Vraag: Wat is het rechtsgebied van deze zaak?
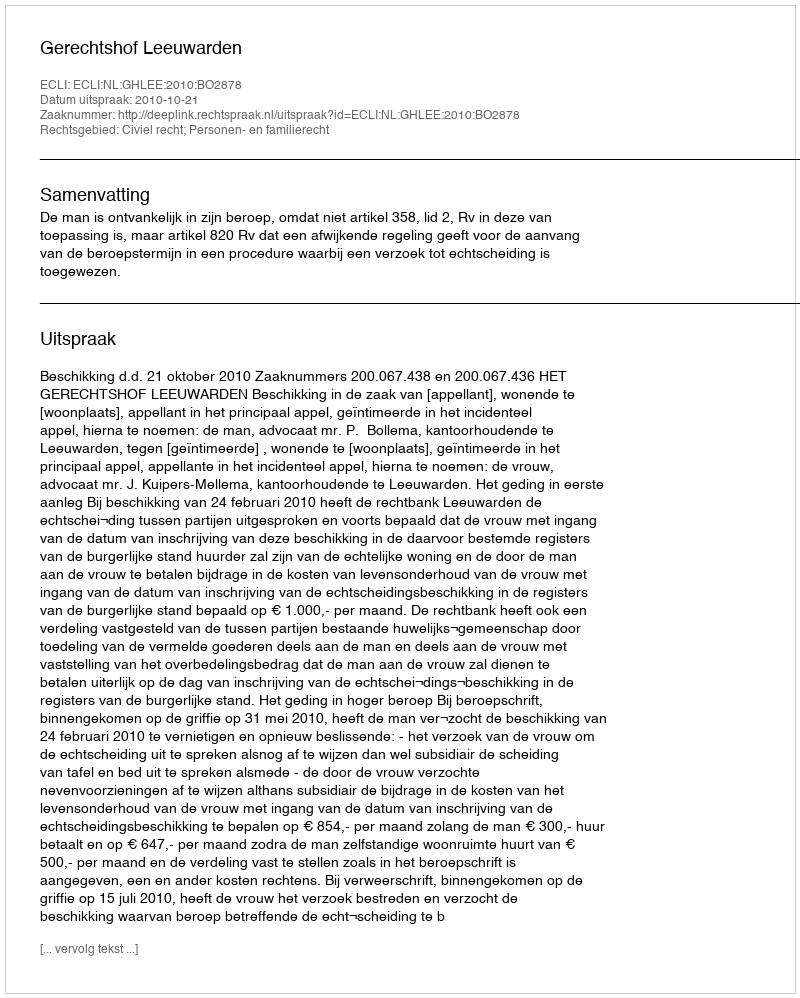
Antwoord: Civiel recht; Personen- en familierecht